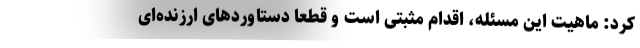
کرد: ماهیت این مسئله، اقدام مثبتی است و قطعا دستاورد‌های ارزنده‌ای